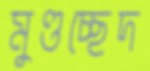
মুণ্ডচ্ছেদ